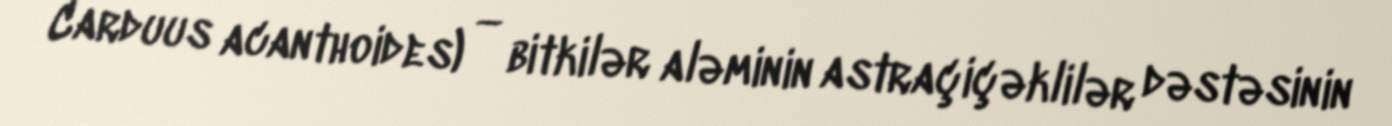
Carduus acanthoides) — bitkilər aləminin astraçiçəklilər dəstəsinin